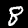
Digit: 8